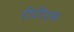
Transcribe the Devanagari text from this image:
टीटीएफ